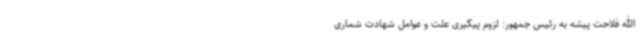
الله فلاحت پیشه به رئیس جمهور: لزوم پیگیری علت و عوامل شهادت شماری